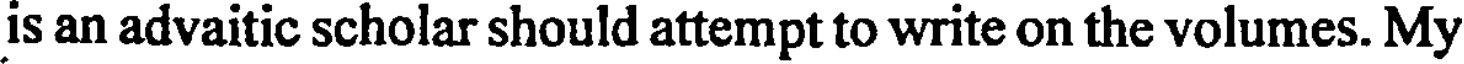
is an advaitic scholar should attempt to write on the volumes. My